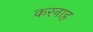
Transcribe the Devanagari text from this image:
करनाह